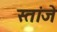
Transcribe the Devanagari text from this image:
स्तांजे